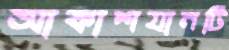
আকাশযানটি